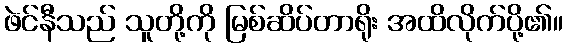
ဖဲင်နီသည် သူတို့ကို မြစ်ဆိပ်တာရိုး အထိလိုက်ပို့၏။